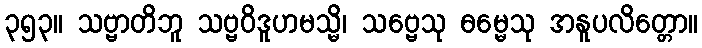
၃၅၃။ သဗ္ဗာတိဘူ သဗ္ဗဝိဒူဟမသ္မိ၊ သဗ္ဗေသု ဓမ္မေသု အနူပလိတ္တော။